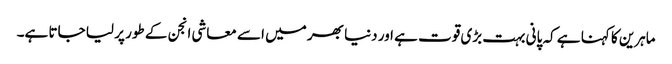
ماہرین کا کہنا ہے کہ پانی بہت بڑی قوت ہے اور دنیا بھر میں اسے معاشی انجن کے طور پر لیا جاتا ہے۔